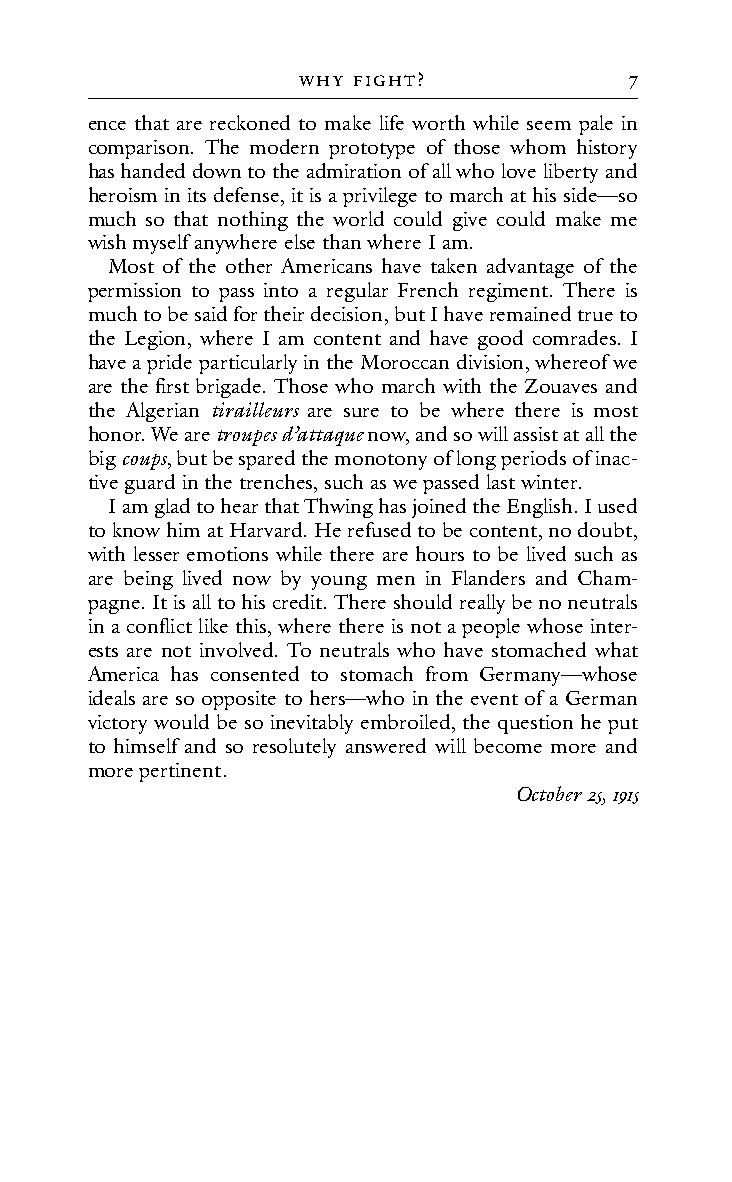
WHY fIGHt?            7
 ence that are reckoned to make life worth while seem pale in
 comparison. The modern prototype of those whom history
 has handed down to the admiration of all who love liberty and
 heroism in its defense, it is a privilege to march at his side—so
 much so that nothing the world could give could make me
 wish myself anywhere else than where I am.
 Most of the other Americans have taken advantage of the
 permission to pass into a regular French regiment. There is
 much to be said for their decision, but I have remained true to
 the Legion, where I am content and have good comrades. I
 have a pride particularly in the Moroccan division, whereof we
 are the first brigade. Those who march with the Zouaves and
 the Algerian tirailleurs are sure to be where there is most
 honor. We are troupes d’attaque now, and so will assist at all the
 big coups, but be spared the monotony of long periods of inac-
 tive guard in the trenches, such as we passed last winter.
 I am glad to hear that Thwing has joined the English. I used
 to know him at Harvard. He refused to be content, no doubt,
 with lesser emotions while there are hours to be lived such as
 are being lived now by young men in Flanders and Cham-
 pagne. It is all to his credit. There should really be no neutrals
 in a conflict like this, where there is not a people whose inter-
 ests are not involved. To neutrals who have stomached what
 America has consented to stomach from Germany—whose
 ideals are so opposite to hers—who in the event of a German
 victory would be so inevitably embroiled, the question he put
 to himself and so resolutely answered will become more and
 more pertinent.
 October 25, 1915